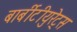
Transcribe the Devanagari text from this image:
बार्बीटीयुरेट्स